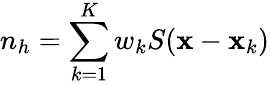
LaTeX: n_{h}=\sum_{k=1}^{K}w_{k}S({\mathbf x}-{\mathbf x}_{k})